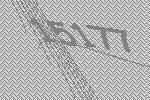
15177